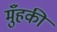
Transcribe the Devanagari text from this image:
मुँहकी